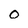
Character: o